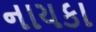
નાયકા